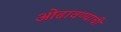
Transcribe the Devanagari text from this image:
ओढावण्याची